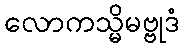
လောကသ္မိမဗ္ဗုဒံ